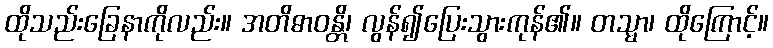
ထိုသည်းခြေနာကိုလည်း။ အတိဓာဝန္တိ၊ လွန်၍ပြေးသွားကုန်၏။ တသ္မာ၊ ထိုကြောင့်။